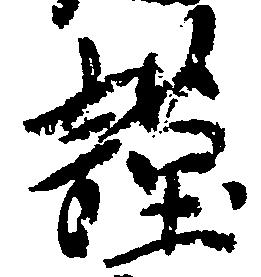
謹